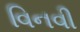
વિનવી